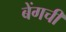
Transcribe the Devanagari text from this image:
बेंगची